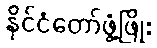
နိုင်ငံတော်ဖွံ့ဖြိုး